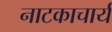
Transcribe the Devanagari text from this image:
नाटकाचार्य